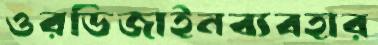
ওরডিজাইনব্যবহার